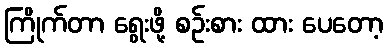
ကြိုက်တာ ရွေးဖို့ စဉ်းစား ထား ပေတော့